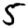
Digit: 5